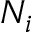
N _ { i }